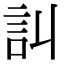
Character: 訆